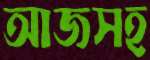
আজসহ